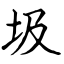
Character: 圾